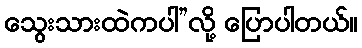
သွေးသားထဲကပါ”လို့ ပြောပါတယ်။